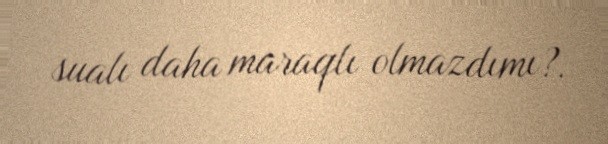
sualı daha maraqlı olmazdımı?.